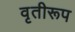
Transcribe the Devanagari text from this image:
वृतीरूप